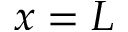
x = L